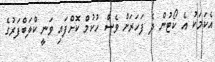
އެކަމަކު އެ ކޯޓުން ދެ ފަހަރަށް ވެސް ހުކުމް ކޮށްފައި ވަނީ ކްލަބްފަރުގެ